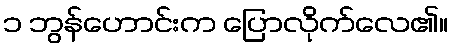
၁ ဘွန်ဟောင်းက ပြောလိုက်လေ၏။